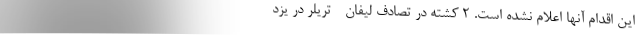
این اقدام آنها اعلام نشده است. 2 کشته در تصادف لیفان - تریلر در یزد